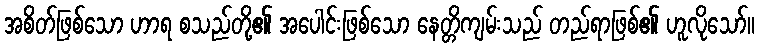
အစိတ်ဖြစ်သော ဟာရ စသည်တို့၏ အပေါင်းဖြစ်သော နေတ္တိကျမ်းသည် တည်ရာဖြစ်၏ ဟူလိုသော်။